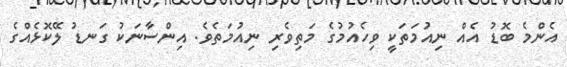
އެންމެ ބޮޑު އެއް ނިއުމަތަކީ ވިހެއުމުގެ މަތިވެރި ނިއުމަތެވެ. އިންސާނަކު ގަނޑު ލޭކޮޅެއްގެ